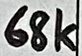
Text: 68k